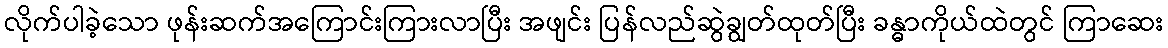
လိုက်ပါခဲ့သော ဖုန်းဆက်အကြောင်းကြားလာပြီး အဖျင်း ပြန်လည်ဆွဲချွတ်ထုတ်ပြီး ခန္ဓာကိုယ်ထဲတွင် ကြာဆေး